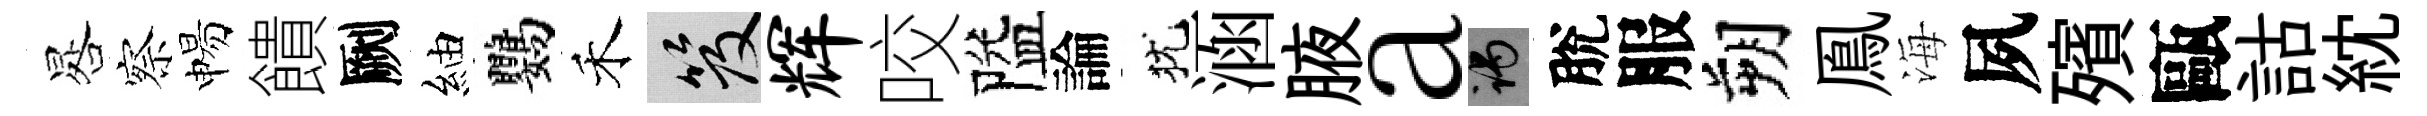
晷察惕饋劂紬鸚禾笈辉咬隘論犹涵腋a谒脫服朔鳯海夙殯甌詁紞